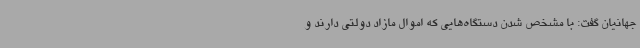
جهانیان گفت: با مشخص شدن دستگاه‌هایی که اموال مازاد دولتی دارند و